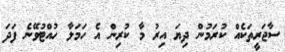
ސާޖަރީތަކެއް ކުރަމުން ދިޔަ އިރު މާ ކުރިން އެ ހަމަލާ ހުއްޓުވޭނެ ފަދަ